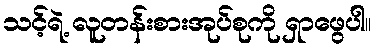
သင့်ရဲ့ လူတန်းစားအုပ်စုကို ရှာဖွေပါ။